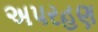
અપરહણ